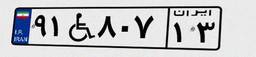
۱۳W۳۳۷۳۲